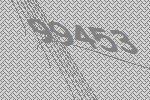
99453